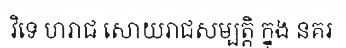
វិទេ ហរាជ សោយរាជសម្បត្តិ ក្នុង នគរ